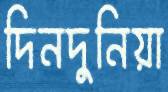
দিনদুনিয়া